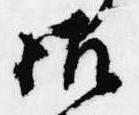
御